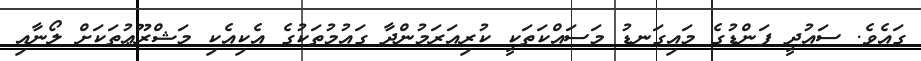
ގައެވެ. ސައުދީ ފަންޑުގެ މައިގަނޑު މަސައްކަތަކީ ކުރިއަރަމުންދާ ގައުމުތަކުގެ އެކިއެކި މަޝްރޫޢުތަކަށް ލޯނާއި